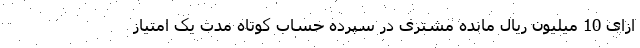
ازای 10 میلیون ریال مانده مشتری در سپرده حساب کوتاه مدت یک امتیاز